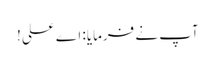
آپ نے فرمایا: اے علی!